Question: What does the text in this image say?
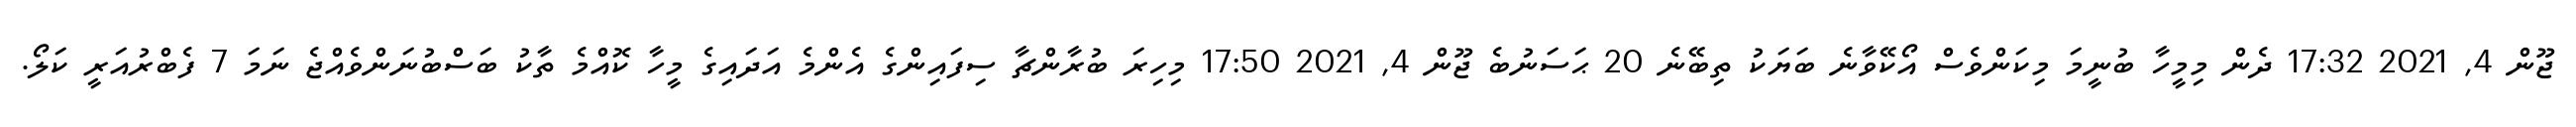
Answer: ޖޫން 4, 2021 17:32 ދެން މިމީހާ ބުނީމަ މިކަންވެސް އޯކޭވާނެ ބަޔަކު ތިބޭނެ 20 ޙަސަނުބެ ޖޫން 4, 2021 17:50 މިހިރަ ބުރާންޗާ ސިފައިންގެ އެންމެ އަދައިގެ މީހާ ކޮއްމެ ތާކު ބަސްބުނަންވެއްޖެ ނަމަ 7 ފެބްރުއަރީ ކަލޯ.